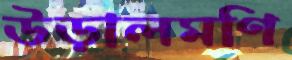
উড়ালমণি